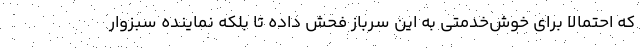
که احتمالا برای خوش‌خدمتی به این سرباز فحش داده تا بلکه نماینده سبزوار